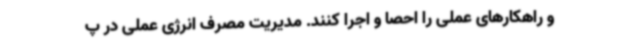
و راهکارهای عملی را احصا و اجرا کنند. مدیریت مصرف انرژی عملی در پ